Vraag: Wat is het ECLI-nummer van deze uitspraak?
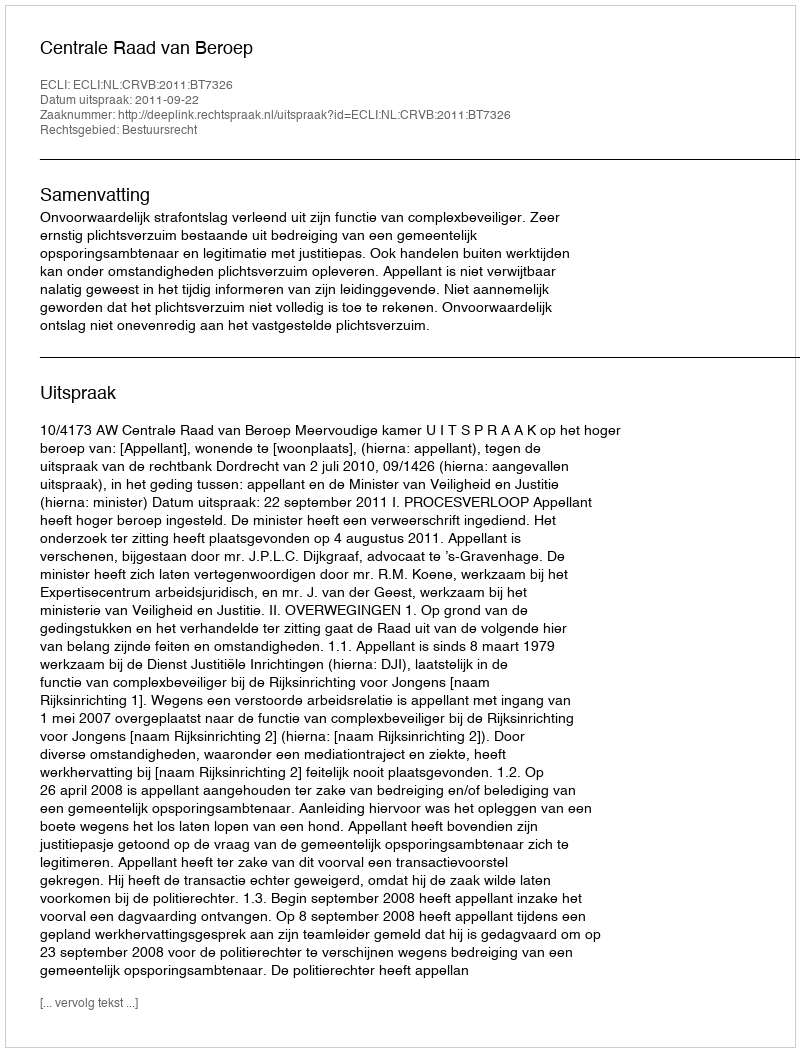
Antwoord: ECLI:NL:CRVB:2011:BT7326